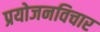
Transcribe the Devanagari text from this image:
प्रयोजनविचार